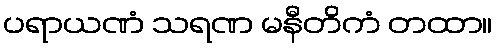
ပရာယဏံ သရဏ မနီတိကံ တထာ။